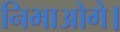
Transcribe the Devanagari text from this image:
निभाओगे।